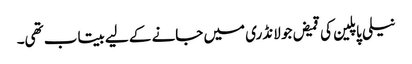
نیلی پاپلین کی قمیض جو لانڈری میں جانے کے لیے بیتاب تھی۔